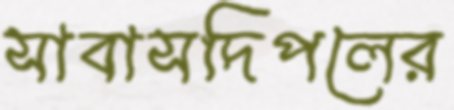
সাবাসদিপলের